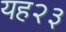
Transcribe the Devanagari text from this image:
यह२३